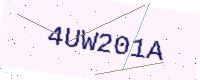
Text: 4UW201A